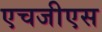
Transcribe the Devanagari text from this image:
एचजीएस